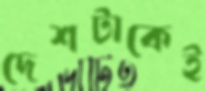
দেশটাকেই